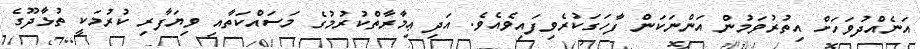
އަނެއްދުވަހަށް އިތުރުވަމުން އަންނަކަން ފާހަގަކުރެވިފައިވެއެވެ. އަދި ޢިމާރާތްކުރުމުގެ މަސައްކަތާއި ވިޔަފާރި ކުރުމަކީ ތުޅާދޫގެ